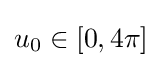
u_{0}\in [0,4\pi ]